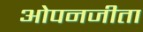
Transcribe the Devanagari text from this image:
ओपनजीता